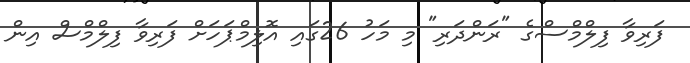
ފަރިވާ ފިލްމްސްގެ "ރަންދަރި" މި މަހު 26ގައި އޮލިމްޕަހަށް ފަރިވާ ފިލްމްސް އިން